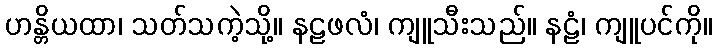
ဟန္တိယထာ၊ သတ်သကဲ့သို့။ နဠဖလံ၊ ကျူသီးသည်။ နဠံ၊ ကျူပင်ကို။